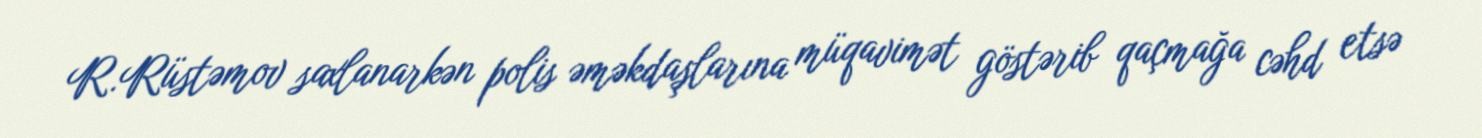
R.Rüstəmov saxlanarkən polis əməkdaşlarına müqavimət göstərib qaçmağa cəhd etsə